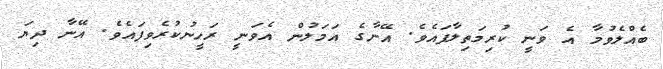
ބެއްލެވުމާ އެ ވަނީ ކުރިމަތިލާފައެވެ. އޭނާގެ އަމަލުން އެވަނީ ރަހީނުކުރެވިފައެވެ. އޭނާ ދިޔަ